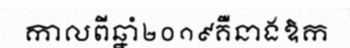
កាលពីឆ្នាំ២០១៩គឺនាងឱក